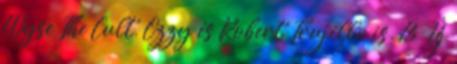
Wyse The Cult, Ozzy és Robert Trujillo is. 13 Új